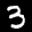
Label: 3